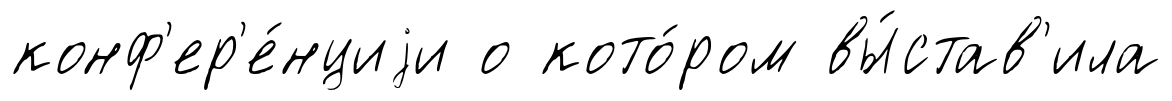
конф'ер'е́нциjи о кото́ром вы́став'ила